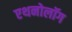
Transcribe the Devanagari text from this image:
एथनोलॉग